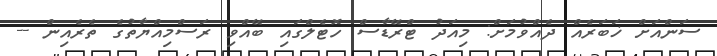
ސަންއަށް ޚަބަރެއް ދެއްވުމަށް: މިއަދު ޓްރޭޑާސް ހޮޓެލްގައި ބޭއްވި ރަސްމިއްޔާތުގެ ތެރެއިން --